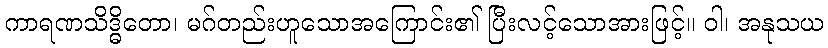
ကာရဏသိဒ္ဓိတော၊ မဂ်တည်းဟူသောအကြောင်း၏ ပြီးလင့်သောအားဖြင့်။ ဝါ၊ အနုသယ